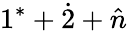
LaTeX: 1^{*}+\dot{2}+\hat{n}